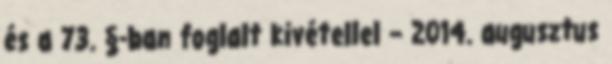
és a 73. §-ban foglalt kivétellel – 2014. augusztus